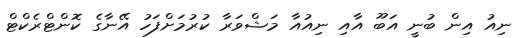
ނިއު އިން ބުނީ އަބޫ އާއި ނިއުއާ މަޝްވަރާ ކުރުމަށްފަހު އޭނާގެ ކޮންޓްރެކްޓް